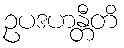
ဥပဒဟန္တီတိ